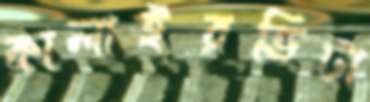
কালাইরভিটা